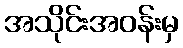
အသိုင်းအဝန်းမှ